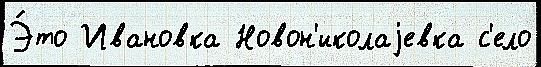
Э́то Ивановка Новон'иколаjевка с'ело